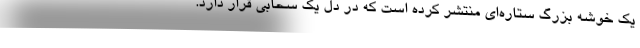
یک خوشه بزرگ ستاره‌ای منتشر کرده است که در دل یک سحابی قرار دارد.